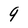
Character: 9